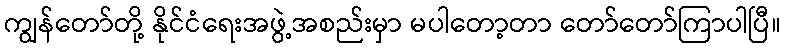
ကျွန်တော်တို့ နိုင်ငံရေးအဖွဲ့အစည်းမှာ မပါတော့တာ တော်တော်ကြာပါပြီ။